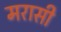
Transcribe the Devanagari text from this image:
मरासी